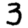
Digit: 3